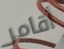
أقامر